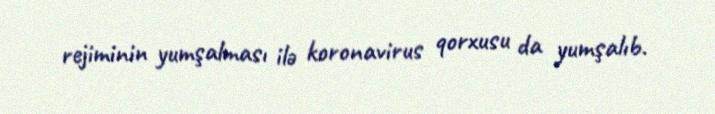
rejiminin yumşalması ilə koronavirus qorxusu da yumşalıb.